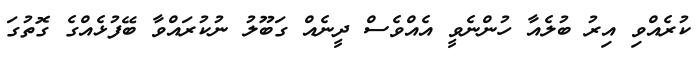
ކުރެއްވި އިރު ބުލެއާ ހުންނެވީ އެއްވެސް ދީނެއް ގަބޫލު ނުކުރައްވާ ބޭފުޅެއްގެ ގޮތުގަ